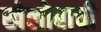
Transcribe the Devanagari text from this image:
खेलोबाची